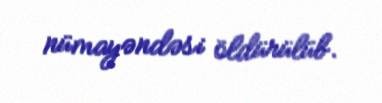
nümayəndəsi öldürülüb.